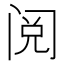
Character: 阅